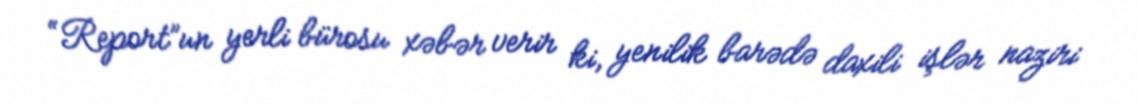
“Report”un yerli bürosu xəbər verir ki, yenilik barədə daxili işlər naziri